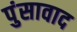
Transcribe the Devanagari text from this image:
पुंसावाद